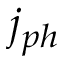
j _ { p h }